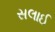
સલાઈ